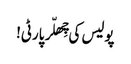
پولیس کی چِھلّر پارٹی!